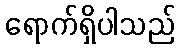
ရောက်ရှိပါသည်